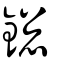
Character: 鏓